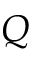
Q